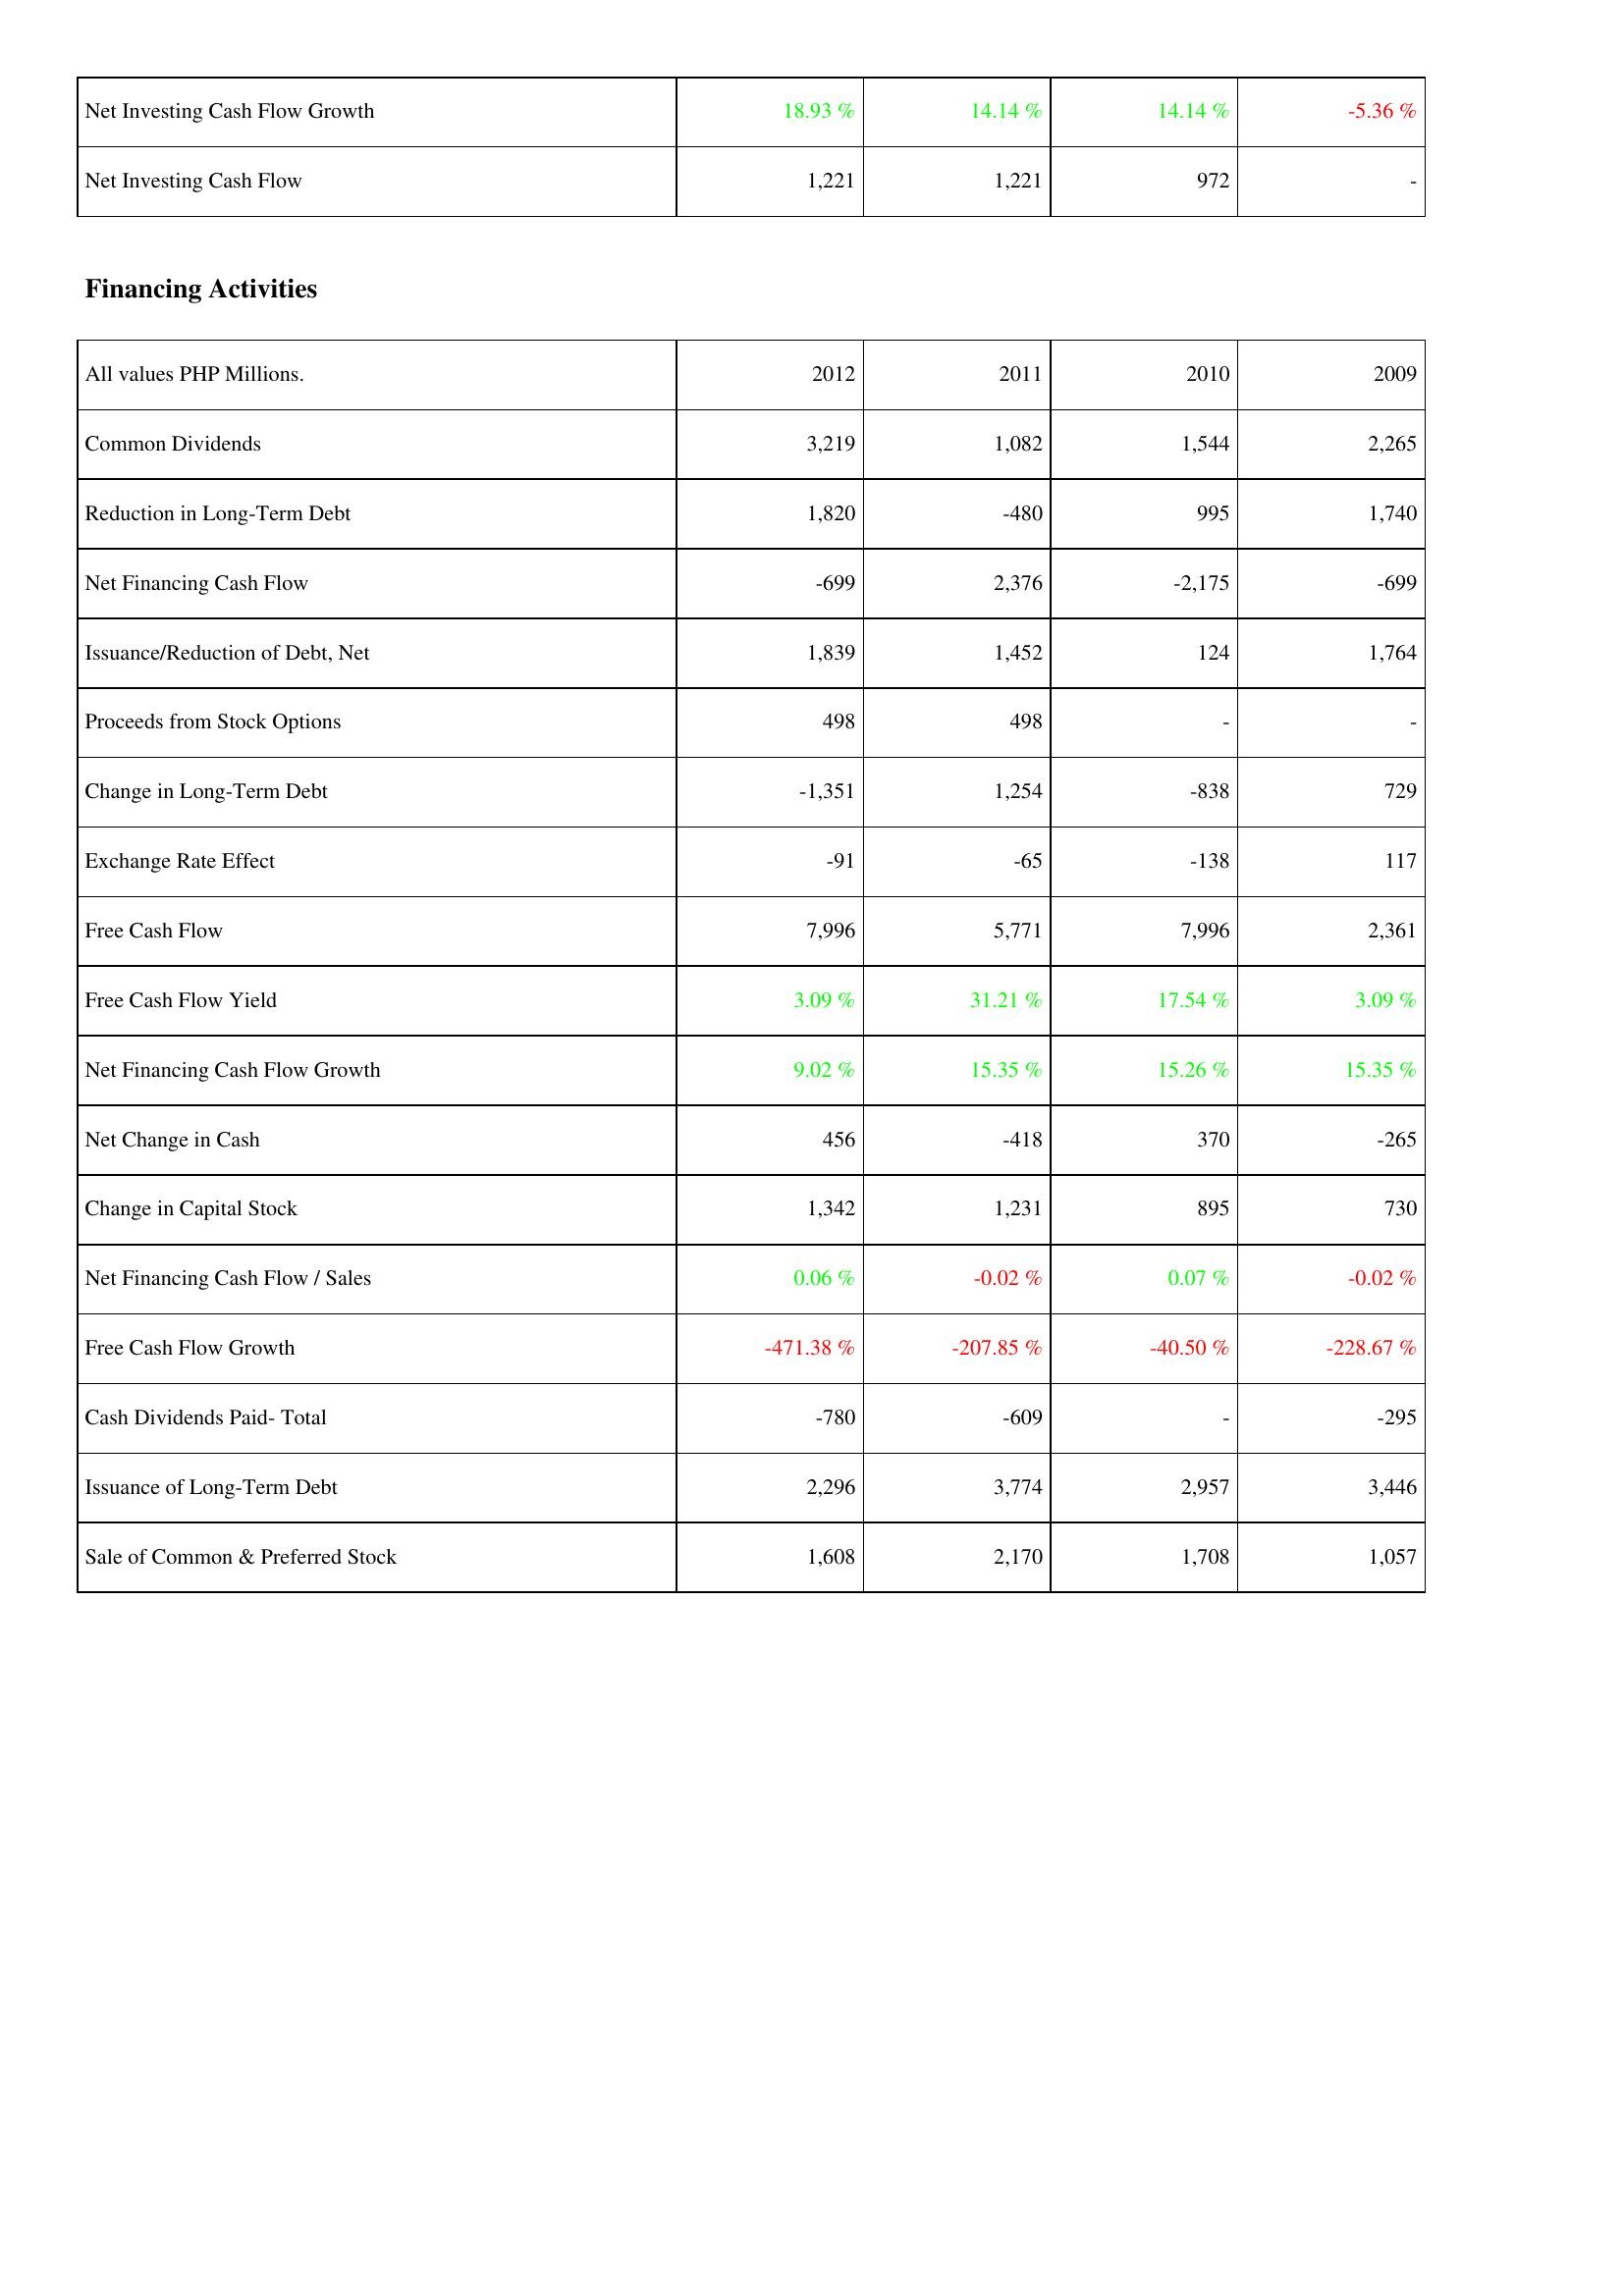
2012: Investing Activities: Net Investing Cash Flow Growth: 18.93 %
Net Investing Cash Flow: 1,221
Financing Activities: Common Dividends: 3,219
Reduction in Long-Term Debt: 1,820
Net Financing Cash Flow: -699
Issuance/Reduction of Debt, Net: 1,839
Proceeds from Stock Options: 498
Change in Long-Term Debt: -1,351
Exchange Rate Effect: -91
Free Cash Flow: 7,996
Free Cash Flow Yield: 3.09 %
Net Financing Cash Flow Growth: 9.02 %
Net Change in Cash: 456
Change in Capital Stock: 1,342
Net Financing Cash Flow / Sales: 0.06 %
Free Cash Flow Growth: -471.38 %
Cash Dividends Paid- Total: -780
Issuance of Long-Term Debt: 2,296
Sale of Common & Preferred Stock: 1,608
2011: Investing Activities: Net Investing Cash Flow Growth: 14.14 %
Net Investing Cash Flow: 1,221
Financing Activities: Common Dividends: 1,082
Reduction in Long-Term Debt: -480
Net Financing Cash Flow: 2,376
Issuance/Reduction of Debt, Net: 1,452
Proceeds from Stock Options: 498
Change in Long-Term Debt: 1,254
Exchange Rate Effect: -65
Free Cash Flow: 5,771
Free Cash Flow Yield: 31.21 %
Net Financing Cash Flow Growth: 15.35 %
Net Change in Cash: -418
Change in Capital Stock: 1,231
Net Financing Cash Flow / Sales: -0.02 %
Free Cash Flow Growth: -207.85 %
Cash Dividends Paid- Total: -609
Issuance of Long-Term Debt: 3,774
Sale of Common & Preferred Stock: 2,170
2010: Investing Activities: Net Investing Cash Flow Growth: 14.14 %
Net Investing Cash Flow: 972
Financing Activities: Common Dividends: 1,544
Reduction in Long-Term Debt: 995
Net Financing Cash Flow: -2,175
Issuance/Reduction of Debt, Net: 124
Proceeds from Stock Options: -
Change in Long-Term Debt: -838
Exchange Rate Effect: -138
Free Cash Flow: 7,996
Free Cash Flow Yield: 17.54 %
Net Financing Cash Flow Growth: 15.26 %
Net Change in Cash: 370
Change in Capital Stock: 895
Net Financing Cash Flow / Sales: 0.07 %
Free Cash Flow Growth: -40.50 %
Cash Dividends Paid- Total: -
Issuance of Long-Term Debt: 2,957
Sale of Common & Preferred Stock: 1,708
2009: Investing Activities: Net Investing Cash Flow Growth: -5.36 %
Net Investing Cash Flow: -
Financing Activities: Common Dividends: 2,265
Reduction in Long-Term Debt: 1,740
Net Financing Cash Flow: -699
Issuance/Reduction of Debt, Net: 1,764
Proceeds from Stock Options: -
Change in Long-Term Debt: 729
Exchange Rate Effect: 117
Free Cash Flow: 2,361
Free Cash Flow Yield: 3.09 %
Net Financing Cash Flow Growth: 15.35 %
Net Change in Cash: -265
Change in Capital Stock: 730
Net Financing Cash Flow / Sales: -0.02 %
Free Cash Flow Growth: -228.67 %
Cash Dividends Paid- Total: -295
Issuance of Long-Term Debt: 3,446
Sale of Common & Preferred Stock: 1,057